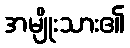
အမျိုးသား၏